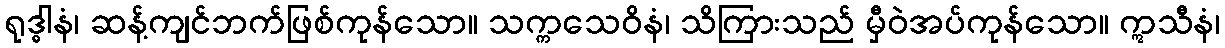
ရုဒ္ဓါနံ၊ ဆန့်ကျင်ဘက်ဖြစ်ကုန်သော။ သက္ကသေဝိနံ၊ သိကြားသည် မှီဝဲအပ်ကုန်သော။ ဣသီနံ၊